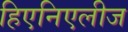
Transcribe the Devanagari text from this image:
हिएनिएलीज